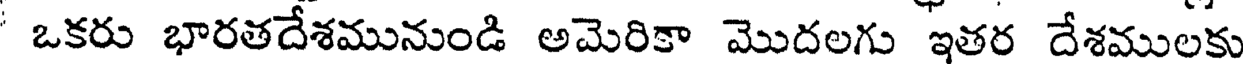
' ఒకరు భారతదేశమునుండి అమెరికా మొదలగు ఇతర దేశములకు